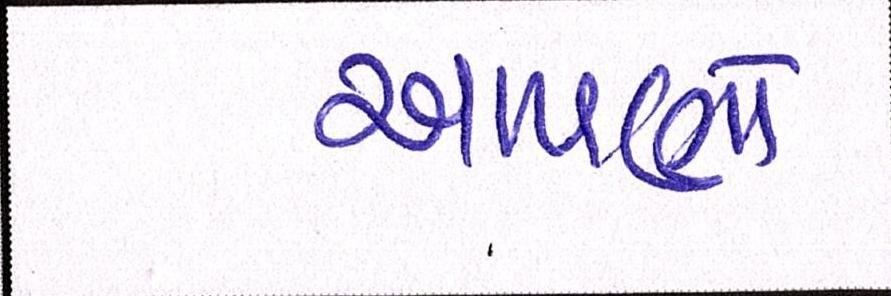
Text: આપણો